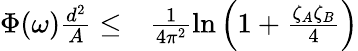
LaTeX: \begin{array}{rl}{\Phi(\omega)\frac{d^{2}}{A}\leq}&{{}\frac{1}{4\pi^{2}}\ln\left(1+\frac{\zeta_{A}\zeta_{B}}{4}\right)}\end{array}